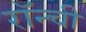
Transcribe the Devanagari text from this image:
रॉन्ची